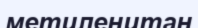
метиленитан